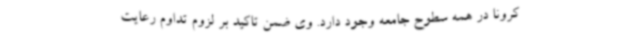
کرونا در همه سطوح جامعه وجود دارد. وی ضمن تاکید بر لزوم تداوم رعایت